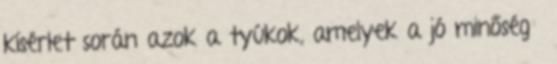
kísérlet során azok a tyúkok, amelyek a jó minőségű